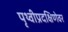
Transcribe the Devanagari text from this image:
पृथ्वीप्रदक्षिणेवर